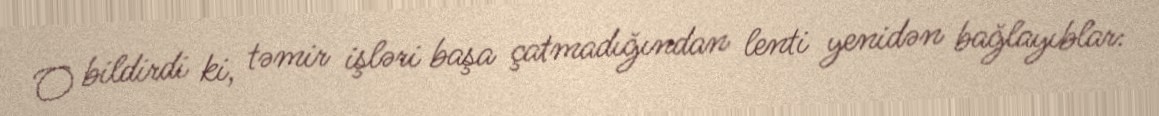
O bildirdi ki, təmir işləri başa çatmadığından lenti yenidən bağlayıblar: